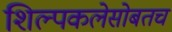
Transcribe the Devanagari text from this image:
शिल्पकलेसोबतच